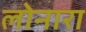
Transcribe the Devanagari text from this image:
लोनारा